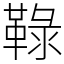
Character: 䩮